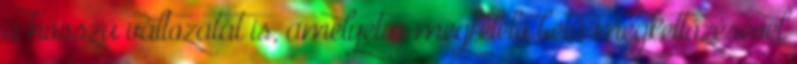
a hosszú változatát is, amelyet a megfelelő betű megkettőzésével